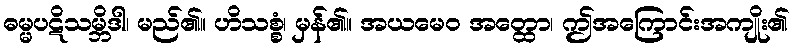
ဓမ္မပဋိသမ္ဘိဒါ၊ မည်၏။ ဟိသစ္စံ၊ မှန်၏။ အယမေဝ အတ္ထော၊ ဤအကြောင်းအကျိုး၏